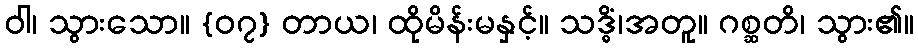
ဝါ၊ သွားသော။ {၀၇} တာယ၊ ထိုမိန်းမနှင့်။ သဒ္ဓိံ၊အတူ။ ဂစ္ဆတိ၊ သွား၏။